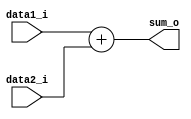
module add (
	input  [31:0] data1_i,
	input  [31:0] data2_i,
	output [31:0] sum_o
);

assign sum_o = data1_i + data2_i;

endmodule